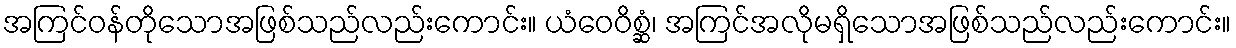
အကြင်ဝန်တိုသောအဖြစ်သည်လည်းကောင်း။ ယံဝေဝိစ္ဆံ၊ အကြင်အလိုမရှိသောအဖြစ်သည်လည်းကောင်း။